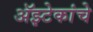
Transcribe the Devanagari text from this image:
अॅझ्टेकांचे